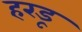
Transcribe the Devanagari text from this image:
हरडू